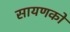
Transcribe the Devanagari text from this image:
सायणको